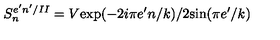
S _ { n } ^ { e ^ { \prime } n ^ { \prime } / I I } = V \mathrm { e x p } ( - 2 i \pi e ^ { \prime } n / k ) / 2 \mathrm { s i n } ( \pi e ^ { \prime } / k )